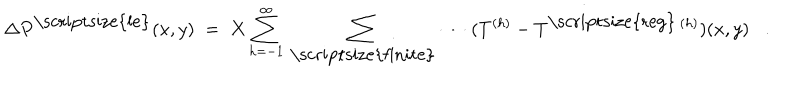
\Delta P ^ { \mathrm { \scriptsize { l e } } } ( x , y ) \; = \; X \sum _ { h = - 1 } ^ { \infty } \: \sum _ { \mathrm { \scriptsize { f i n i t e } } } \: \cdots \: ( T ^ { ( h ) } - T ^ { \mathrm { \scriptsize { r e g } } \: ( h ) } ) ( x , y ) .